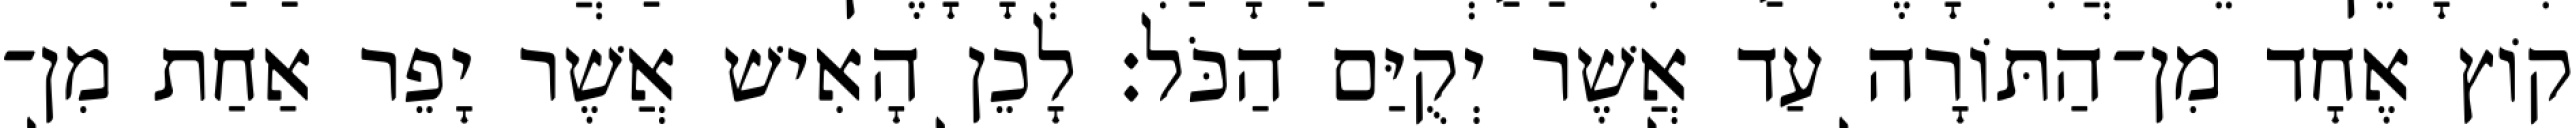
קוֹץ אֶחָד מִן־הַתּוֹרָה עַד אֲשֶׁר יְקֻיַּם הַכֹּל׃ לָכֵן הָאִישׁ אֲשֶׁר יָפֵר אַחַת מִן־